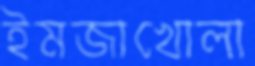
ইমজাখোলা